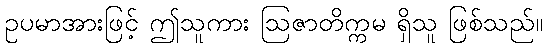
ဥပမာအားဖြင့် ဤသူကား ဩဇာတိက္ကမ ရှိသူ ဖြစ်သည်။